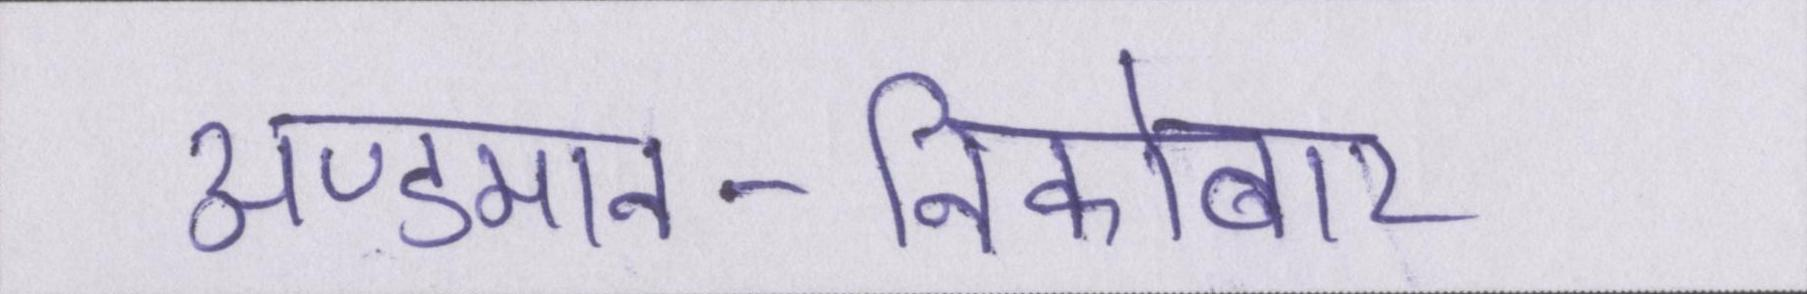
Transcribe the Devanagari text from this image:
अण्डमान-निकोबार